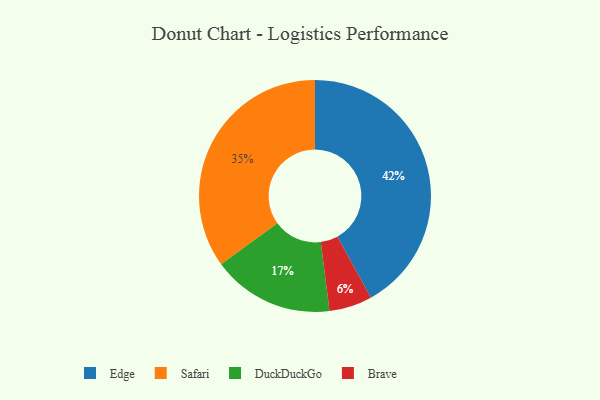
{"axis": {"x": "Category", "y": "Percentage"}, "legend": ["Brave", "DuckDuckGo", "Edge", "Safari"], "data": [{"x": "DuckDuckGo", "y": 17, "type": "DuckDuckGo"}, {"x": "Brave", "y": 6, "type": "Brave"}, {"x": "Safari", "y": 35, "type": "Safari"}, {"x": "Edge", "y": 42, "type": "Edge"}]}